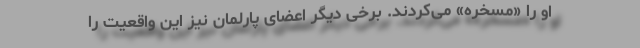
او را «مسخره» می‌کردند. برخی دیگر اعضای پارلمان نیز این واقعیت را